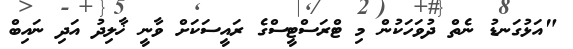
"އަޅުގަނޑު ނެތް ދުވަހަކުން މި ޓްރަސްޓީސްގެ ރައީސަކަށް ވާނީ ޚާލިދު އަދި ނައިބް